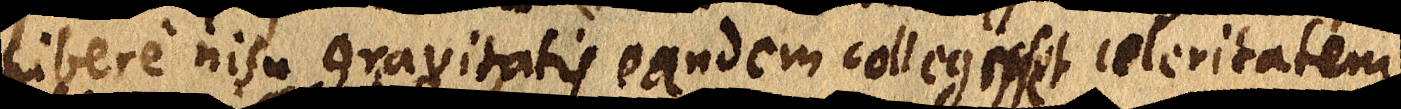
libere nisu gravitatis eandem collegisset celeritatem,